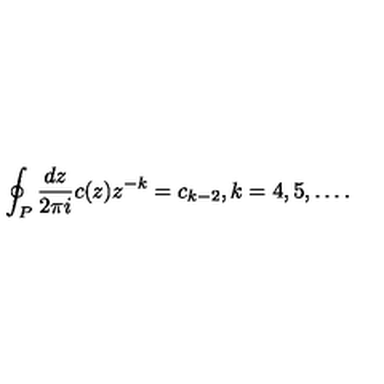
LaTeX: \oint _ { P } \frac { d z } { 2 \pi i } c ( z ) z ^ { - k } = c _ { k - 2 } , k = 4 , 5 , \ldots .